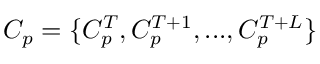
C _ { p } = \{ C _ { p } ^ { T } , C _ { p } ^ { T + 1 } , . . . , C _ { p } ^ { T + L } \}